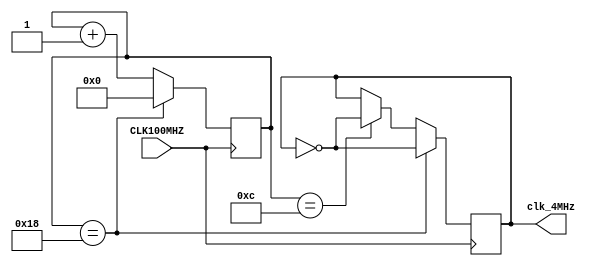
`timescale 1ns / 1ps


module iclk_gen(
    input CLK100MHZ,        // nexys a7 sys clk
    output clk_4MHz         // 4MHz clk
);
    
    // For a 50% duty cycle
    // 100 x 10^6 / 4 x 10^6 / 2 = 12.5 <-- not possible to split a bit
    // Solution:
    // 100 x 10^6 / 4 x 10^6 = 25
    // Start clk_reg == 1 
    // Count up to 13, negate clk_reg, count up to 25, negate clk_reg, reset counter, repeat
    // Results in a 52% duty cycle, which is fine, it is still a 4MHz signal
    reg [4:0] counter = 5'b0;
    reg clk_reg = 1'b1;
    
    always @(posedge CLK100MHZ) begin
        if(counter == 12)           // 0-12 is 13 ticks
            clk_reg <= ~clk_reg;
        if(counter == 24) begin     // 13-24 is 12 ticks
            clk_reg <= ~clk_reg;
            counter <= 5'b0;        // reset counter
        end
        else
            counter <= counter + 1;
    end

    assign clk_4MHz = clk_reg;

endmodule